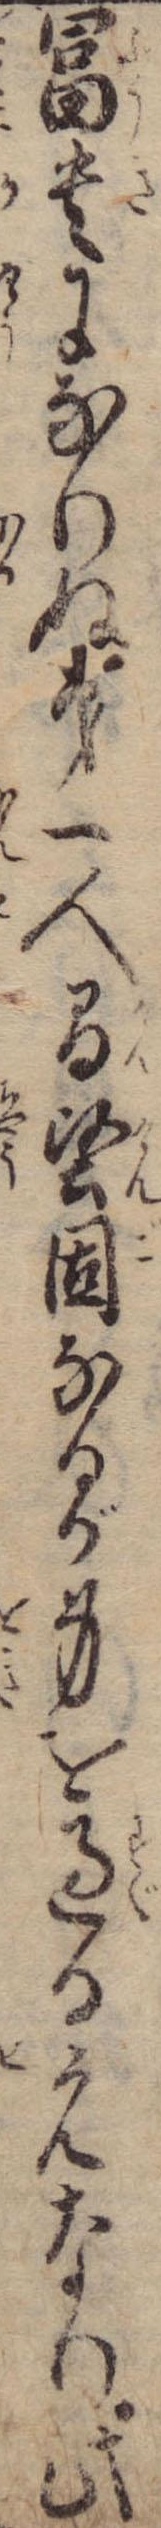
富貴になりぬ第一人間堅固なるが身を過る元なり此